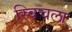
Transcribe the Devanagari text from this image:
स्विचला